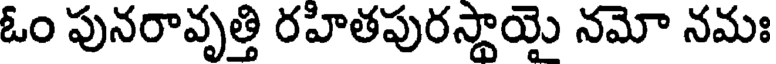
ఓం పునరావృత్తి రహితపురస్థాయై నమో నమః